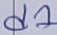
Text: d1